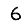
Digit: 6